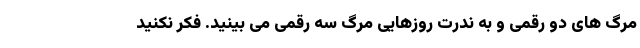
مرگ های دو رقمی و به ندرت روزهایی مرگ سه رقمی می بینید. فکر نکنید